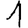
Digit: 1